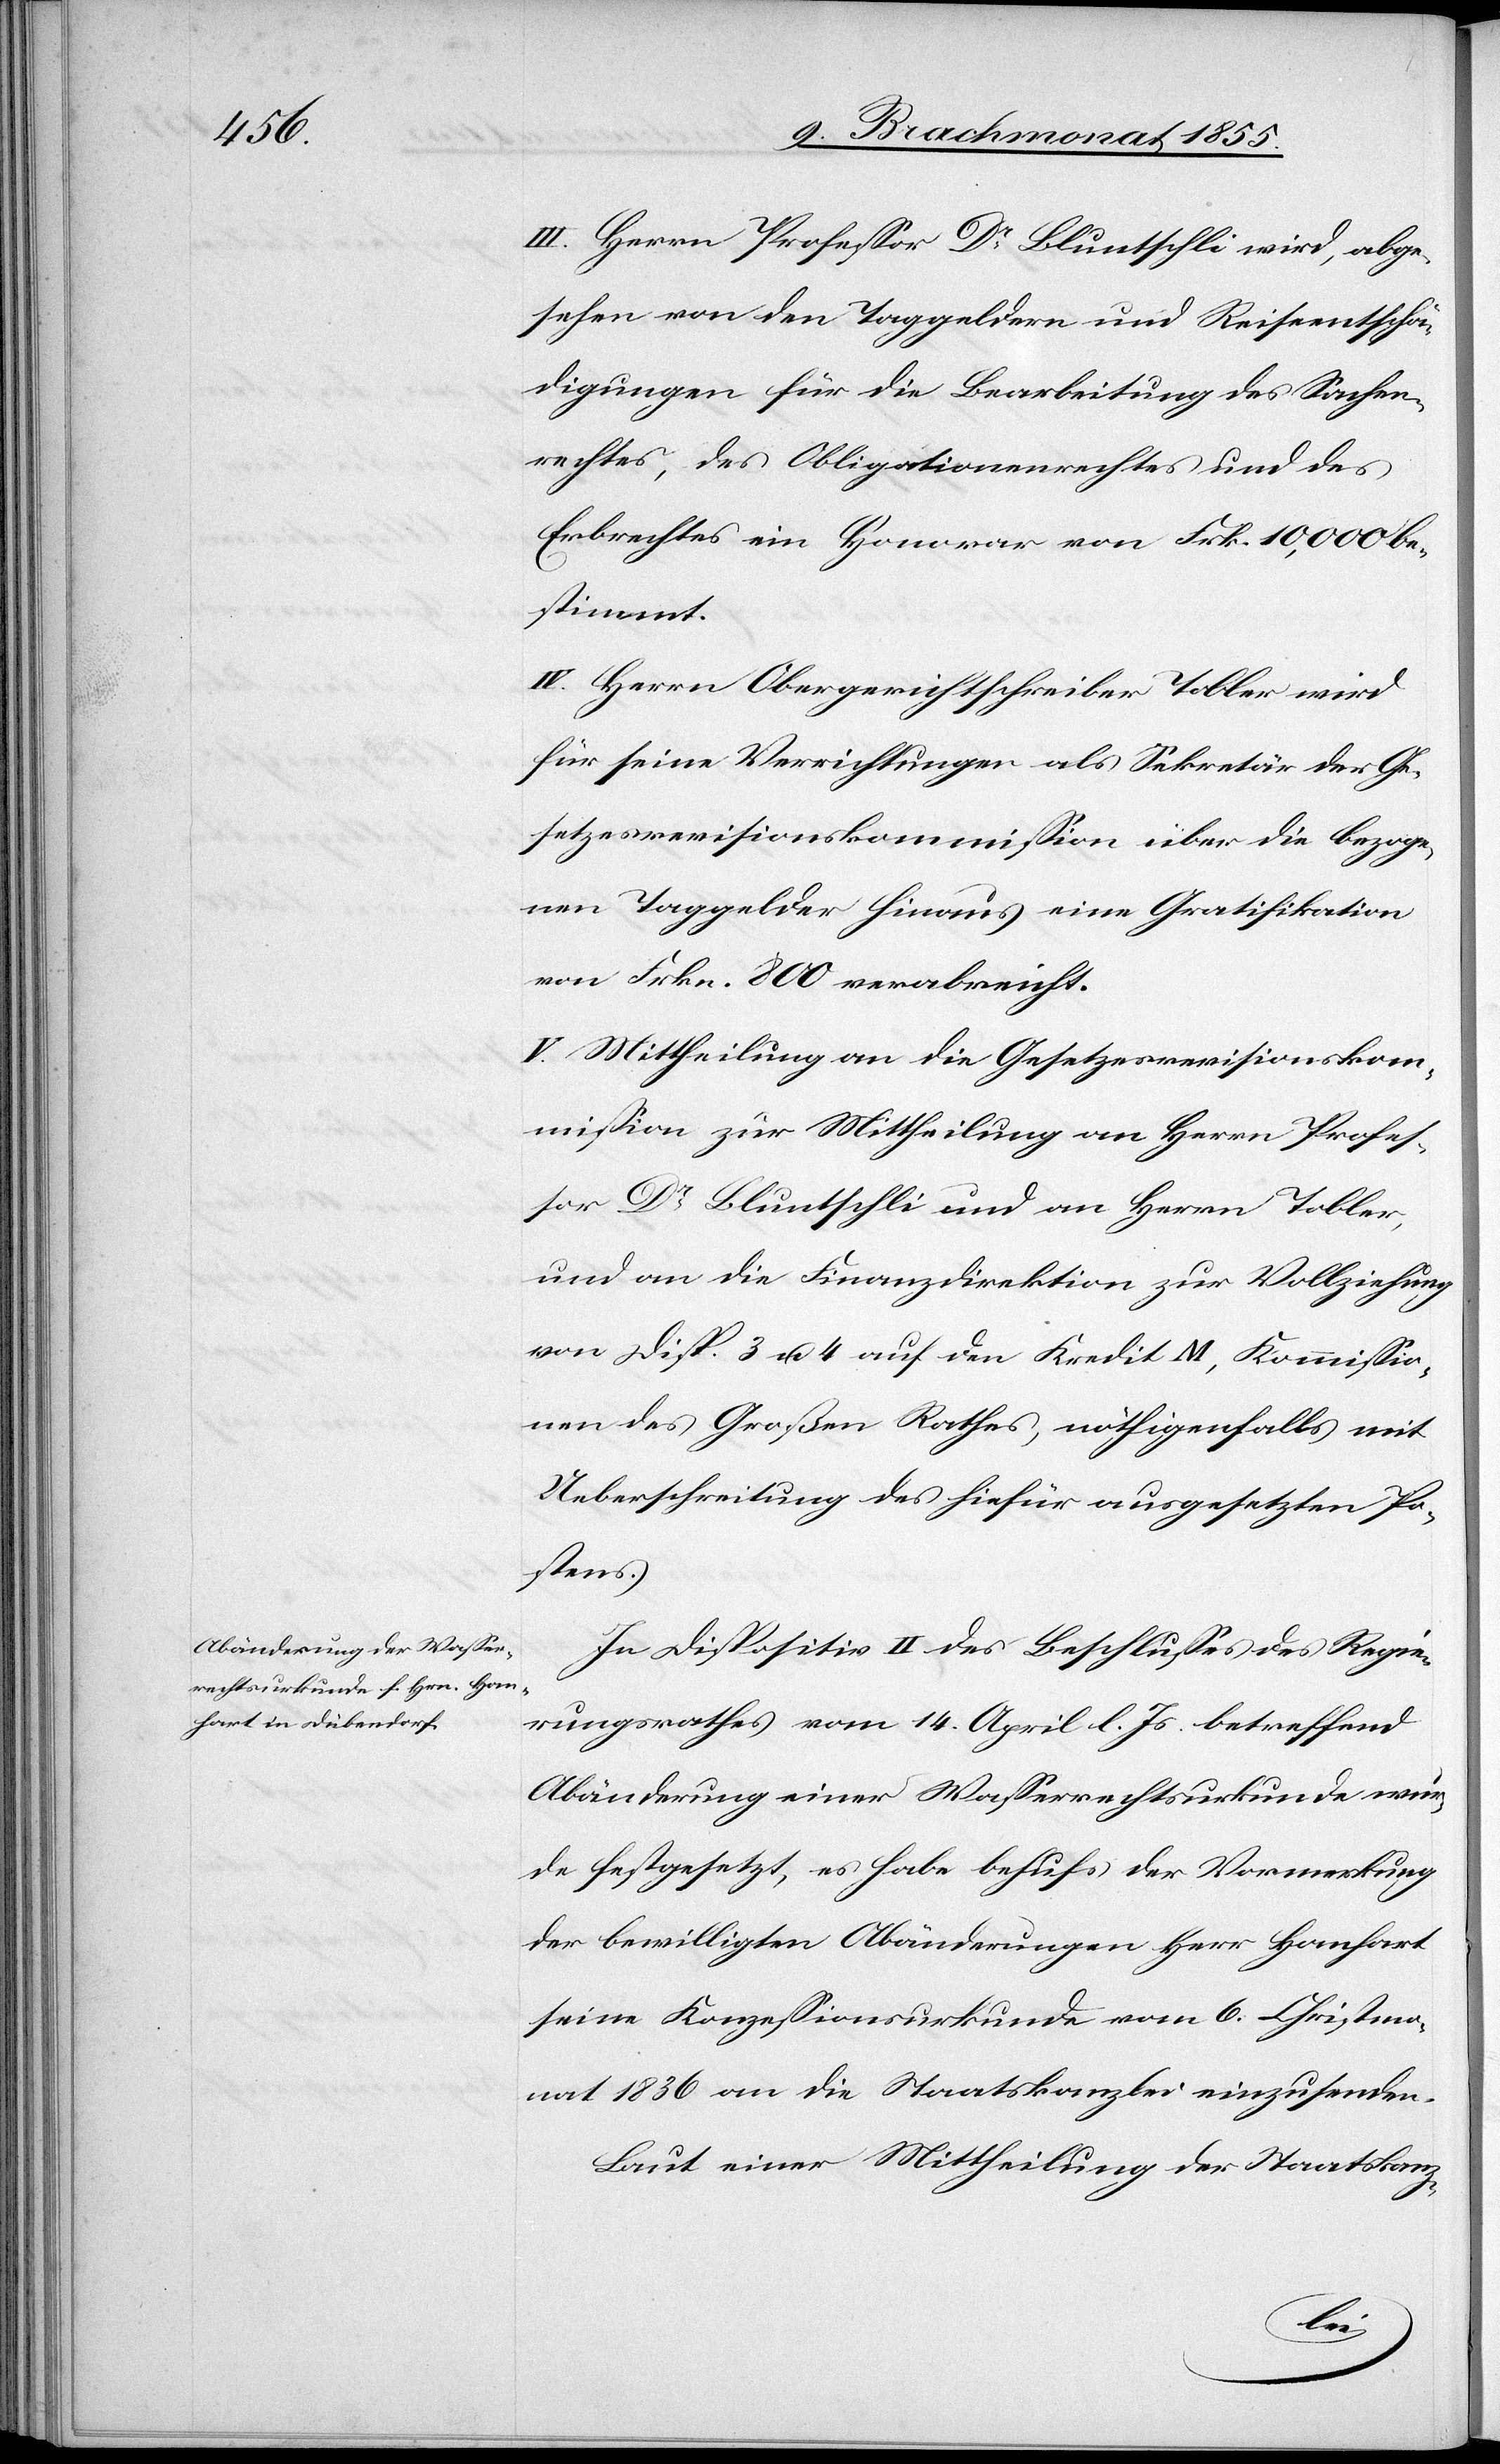
III. Herrn Professor Dr Bluntschli wird, abge¬
sehen von den Taggeldern und Reiseentschä¬
digungen für die Bearbeitung des Sachen¬
rechtes, des Obligationenrechtes und des
Erbrechtes ein Honorar von Frk. 10,000 be¬
stimmt.
IV. Herrn Obergerichtschreiber Tobler wird
für seine Verrichtungen als Sekretär der Ge¬
setzesrevisionskommission über die bezoge¬
nen Taggelder hinaus eine Gratifikation
von Frkn. 800 verabreicht.
V. Mittheilung an die Gesetzesrevisionskom¬
mission zur Mittheilung an Herrn Profes¬
sor Dr Bluntschli und an Herrn Tobler,
und an die Finanzdirektion zur Vollziehung
von Disp. 3 u. 4 auf den Kredit M, Kommissio¬
nen des Großen Rathes, nöthigenfalls mit
Ueberschreitung des hiefür ausgesetzten Po¬
stens.
In Dispositiv II des Beschlusses des Regie¬
rungsrathes vom 14. April l. Js. betreffend
Abänderung einer Wasserrechtsurkunde wur¬
de festgesetzt, es habe behufs der Vormerkung
der bewilligten Abänderungen Herr Hanhart
seine Konzessionsurkunde vom 6. Christmo¬
nat 1836 an die Staatskanzlei einzusenden.
Laut einer Mittheilung der Staatskanz-